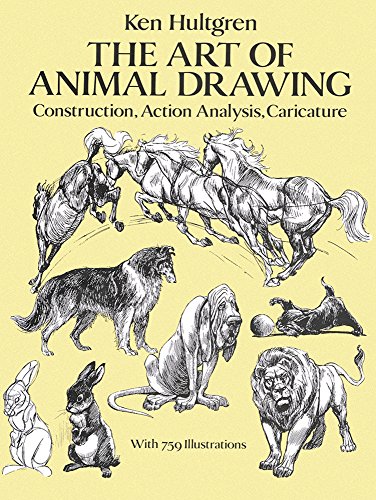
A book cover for The Art of Animal Drawing: Construction, Action Analysis, Caricature (Dover Art Instruction); Ken Hultgren; Comics & Graphic Novels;